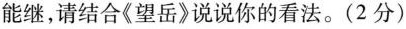
能继，请结合《望岳》说说你的看法。(2分)